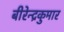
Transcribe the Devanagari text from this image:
बीरेन्द्रकुमार